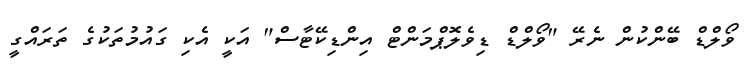
ވޯލްޑް ބޭންކުން ނެރޭ "ވޯލްޑް ޑިވެލޮޕްމަންޓް އިންޑިކޭޓާސް" އަކީ އެކި ގައުމުތަކުގެ ތަރައްގީ